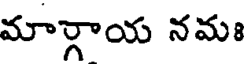
మార్గాయ నమః